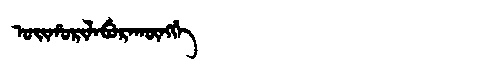
Manchu: ᠣᡳᡥᠣᡵᡳᠯᠠᠪᡠᡵᠠᡴᡡᠩᡤᡝ
Romanization: OIHORILABURAKŪNGGE